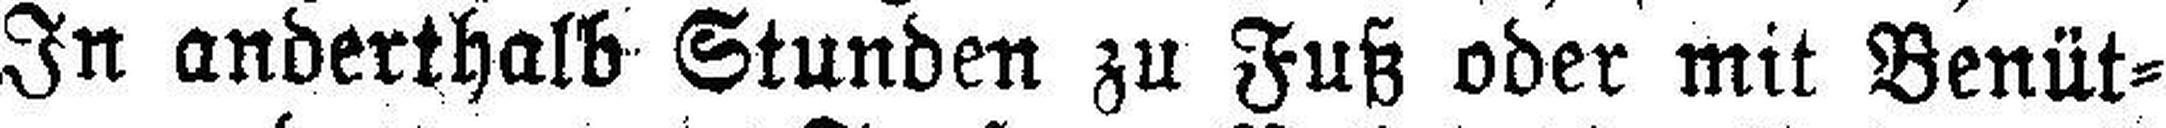
In anderthalb Stunden zu Fuß oder mit Benüt¬